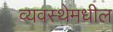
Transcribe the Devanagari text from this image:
व्यवस्थेमधील